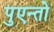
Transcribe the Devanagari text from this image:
पुएन्तो